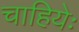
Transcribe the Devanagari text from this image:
चाहियेः